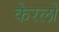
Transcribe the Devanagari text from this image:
केरलों